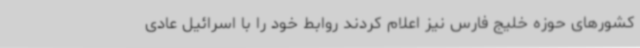
کشورهای حوزه خلیج فارس نیز اعلام کردند روابط خود را با اسرائیل عادی